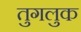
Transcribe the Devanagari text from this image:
तुगलुक